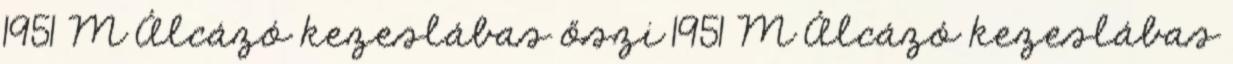
1951 M Álcázó kezeslábas őszi 1951 M Álcázó kezeslábas